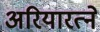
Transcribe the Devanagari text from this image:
अरियारत्ने